Vaccination United Provinces of Agra and Oudh 1914-1922 - 1914-1922
Year: 1914
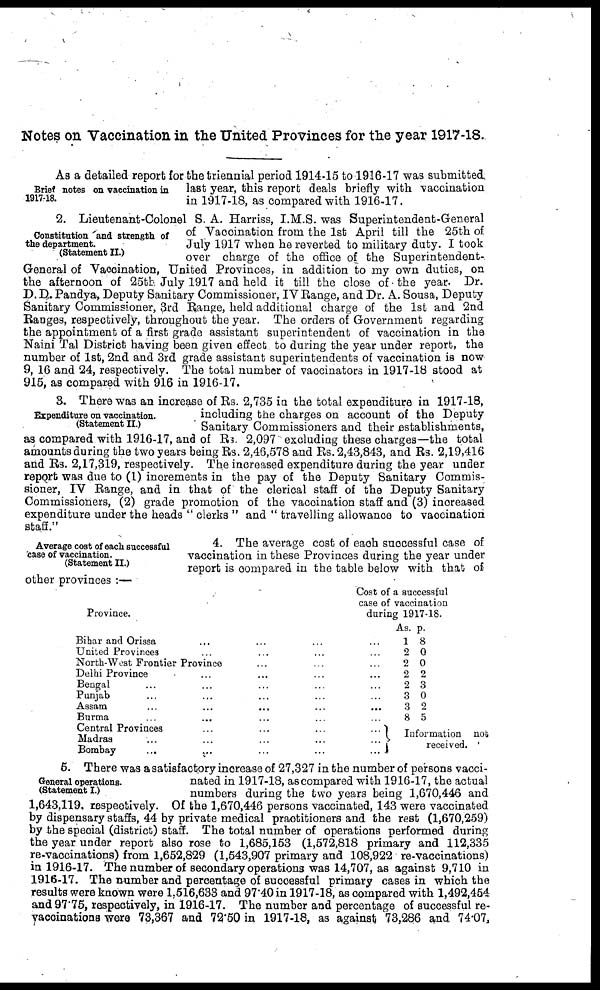
Notes on Vaccination in the United Provinces for the year 1917-18.
Brief notes on vaccination in
1917-18.
As a detailed report for the triennial period 1914-15 to 1916-17 was submitted
last year, this report deals briefly with vaccination
in 1917-18, as compared with 1916-17.
Constitution and strength, of
the department.
(Statement II.)
2. Lieutenant-Colonel S. A. Harriss, I.M.S. was Superintendent-General
of Vaccination from the 1st April till the 25th of
July 1917 when he reverted to military duty. I took
over charge of the office of the Superintendent-
General of Vaccination, United Provinces, in addition to my own duties, on
the afternoon of 25th July 1917 and held it till the close of the year. Dr.
D.D. Pandya, Deputy Sanitary Commissioner, IV Range, and Dr. A. Sousa, Deputy
Sanitary Commissioner, 3rd Range, held additional charge of the 1st and 2nd
Ranges, respectively, throughout the year. The orders of Government regarding
the appointment of a first grade assistant superintendent of vaccination in the
Naini Tal District having been given effect to during the year under report, the
number of 1st, 2nd and 3rd grade assistant superintendents of vaccination is now
9, 16 and 24, respectively. The total number of vaccinators in 1917-18 stood at
915, as compared with 916 in 1916-17.
Expenditure on vaccination.
(Statement II.)
3. There was an increase of Rs. 2,735 in the total expenditure in 1917-18,
including the charges on account of the Deputy
Sanitary Commissioners and their establishments,
as compared with 1916-17, and of Rs. 2,097 excluding these charges—the total
amounts during the two years being Rs. 2,46,578 and Rs. 2,43,843, and Rs. 2,19,416
and Rs. 2,17,319, respectively. The increased expenditure during the year under
report was due to (1) increments in the pay of the Deputy Sanitary Commis-
sioner, IV Range, and in that of the clerical staff of the Deputy Sanitary
Commissioners, (2) grade promotion of the vaccination staff and (3) increased
expenditure under the heads " clerks " and " travelling allowance to vaccination
staff."
Average cost of each successful
case of vaccination.
(Statement II.)
4. The average cost of each successful case of
vaccination in these Provinces during the year under
report is compared in the table below with that of
other provinces :—
Province.
Bihar and Orissa ... ... ... ...
United Provinces ... ... ... ...
North-West Frontier Province ... ... ...
Delhi Province ... ... ... ...
Bengal ... ... ... ... ...
Punjab ... ... ... ... ...
Assam ... ... ... ... ...
Burma ... ... ... ... ...
Central Provinces ... ... ... ...
Madras ... ... ... ... ...
Bombay ... ... ... ... ...
Cost of a successful
case of vaccination
during 1917-18.
As.
1
2
2
2
2
3
3
8
p.
8
0
0
2
3
0
2
5
Information not
received.
General operations.
(Statement I.)
5. There was a satisfactory increase of 27,327 in the number of persons vacci-
nated in 1917-18, as compared with 1916-17, the actual
numbers during the two years being 1,670,446 and
1,643,119, respectively. Of the 1,670,446 persons vaccinated, 143 were vaccinated
by dispensary staffs, 44 by private medical practitioners and the rest (1,670,259)
by the special (district) staff. The total number of operations performed during
the year under report also rose to 1,685,153 (1,572,818 primary and 112,335
re-vaccinations) from 1,652,829 (1,543,907 primary and 108,922 re-vaccinations)
in 1916-17. The number of secondary operations was 14,707, as against 9,710 in
1916-17. The number and percentage of successful primary cases in which the
results were known were 1,516,633 and 97.40 in 1917-18, as compared with 1,492,454
and 97.75, respectively, in 1916-17. The number and percentage of successful re¬
vaccinations were 73,367 and 72.50 in 1917-18, as against 73,286 and 74.07,